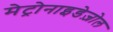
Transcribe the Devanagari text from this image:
मेट्रोनाइडेज़ोल